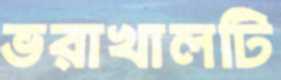
ভরাখালটি